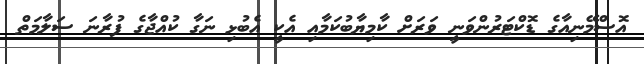
އޮސްމޭނިއާގެ ޑޮކްޓަރުންވަނީ ވަރަށް ކާމިޔާބުކަމާއި އެކީ އެބުޅި ނަގާ ކުއްޖާގެ ފުރާނަ ސަލާމަތް